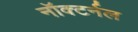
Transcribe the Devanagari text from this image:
नॉक्टर्नल